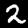
Digit: 2